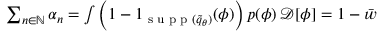
\begin{array} { r } { \sum _ { n \in \mathbb { N } } \alpha _ { n } = \int \left( 1 - 1 _ { { \textrm { s u p p } } ( \widetilde { q } _ { \theta } ) } ( \phi ) \right) p ( \phi ) \, \mathcal { D } [ \phi ] = 1 - \bar { w } \, } \end{array}